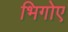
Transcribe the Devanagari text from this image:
भिगोए